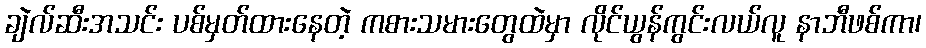
ချဲလ်ဆီးအသင်း ပစ်မှတ်ထားနေတဲ့ ကစားသမားတွေထဲမှာ လိုင်ယွန်ကွင်းလယ်လူ နာဘီဖစ်ကာ၊